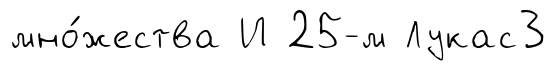
мно́жества И 25-м Лукас3